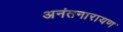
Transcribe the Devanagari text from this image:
अनंतनारायण